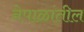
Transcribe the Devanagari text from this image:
नेपाळांतील